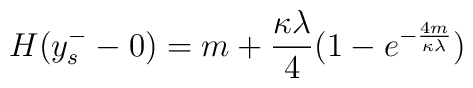
H(y^-_s-0)=m +\frac{\kappa \lambda}{4}(1 -e^{-\frac{4m}{\kappa \lambda} } )